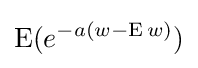
\operatorname {E} (e^{-a(w-\operatorname {E} w)})